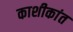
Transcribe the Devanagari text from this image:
काशीकांत